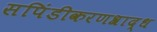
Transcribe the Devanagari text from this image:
सपिंडीकरणश्राद्ध